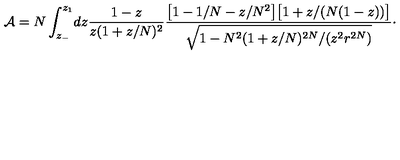
{ \cal A } = N \int _ { z _ { - } } ^ { z _ { 1 } } \! d z { \frac { 1 - z } { z ( 1 + z / N ) ^ { 2 } } } { \frac { \bigl [ 1 - 1 / N - z / N ^ { 2 } \bigr ] \bigl [ 1 + z / ( N ( 1 - z ) ) \bigr ] } { \displaystyle \sqrt { 1 - N ^ { 2 } ( 1 + z / N ) ^ { 2 N } / ( z ^ { 2 } r ^ { 2 N } ) } } } \cdotp